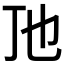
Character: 𬺼